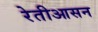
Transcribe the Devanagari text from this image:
रेतीआसन